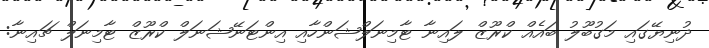
ދުނިޔޭގައި މަގުބޫލު ބައެއް ކްރޫޒް ލައިނާ ޓާމިނަލްޝަންހާއި އިންޓަނޭޝަނަލް ކްރޫޒް ޓާމިނަލް ޗައިނާ: